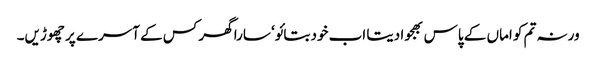
ورنہ تم کو اماں کے پاس بھجوا دیتا اب خود بتائو‘ سارا گھر کس کے آسرے پر چھوڑیں۔